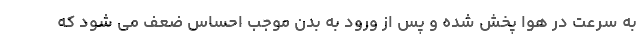
به سرعت در هوا پخش شده و پس از ورود به بدن موجب احساس ضعف می شود که